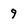
Character: 9